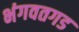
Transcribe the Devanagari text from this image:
भंगवतगड